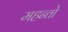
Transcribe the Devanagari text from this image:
महन्तो